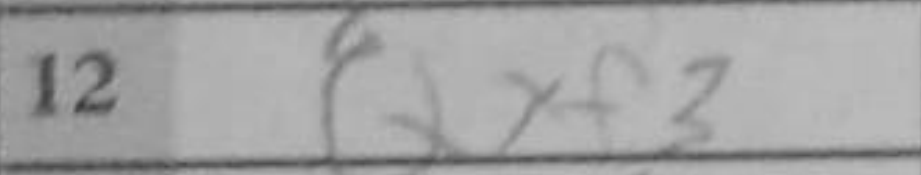
Transcription: Qxf3